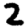
Digit: 2